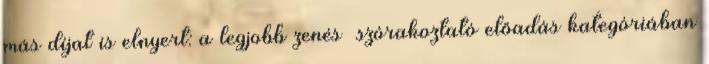
más díjat is elnyert: a legjobb zenés szórakoztató előadás kategóriában